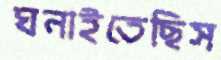
ঘনাইতেছিস